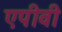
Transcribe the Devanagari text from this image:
एपीवी